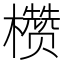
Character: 𪴙